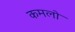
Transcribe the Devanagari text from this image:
कमलो